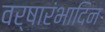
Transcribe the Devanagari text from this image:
वर्षारंभादिन